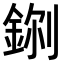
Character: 𮡼